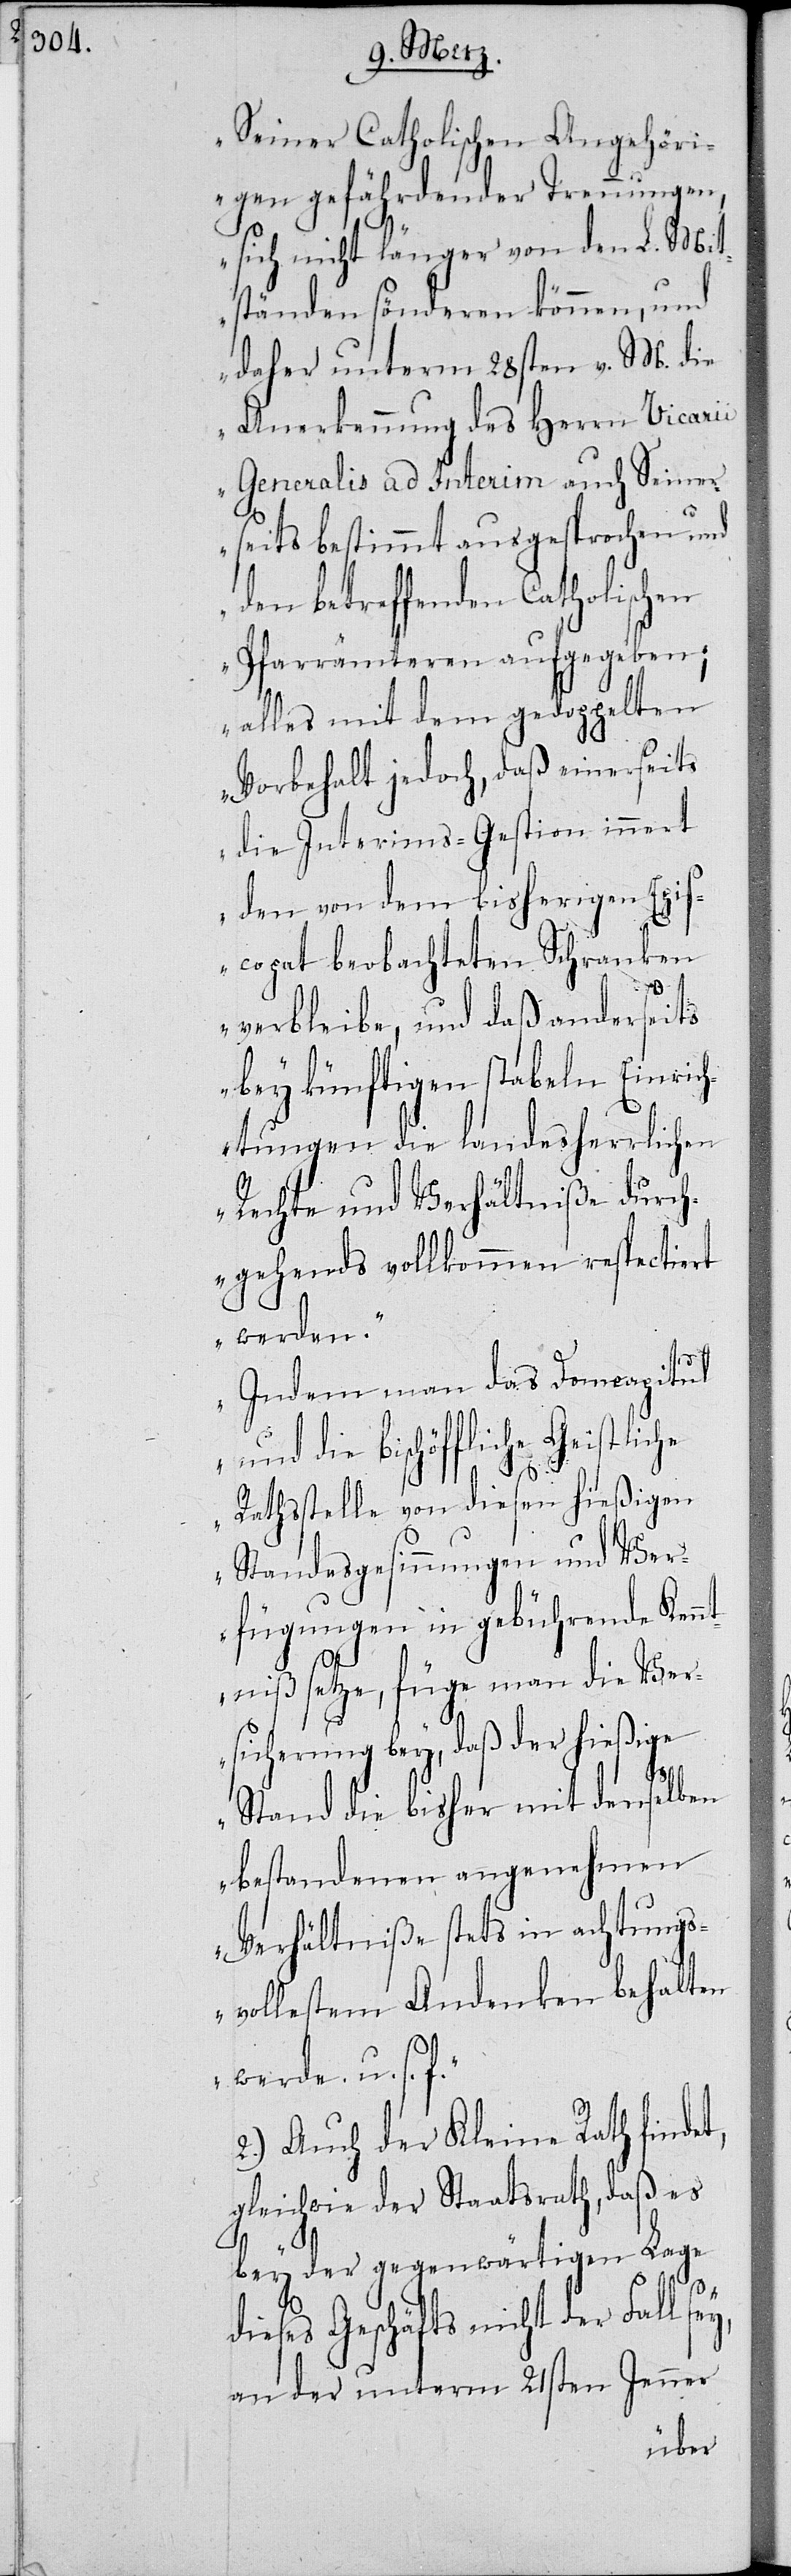
Seiner Catholischen Angehöri¬
gen gefährdender Trennungen,
sich nicht länger von den L. Mit¬
ständen sönderen können, und
daher unterm 28sten v. M. die
Anerkennung des Herrn Vicarii
Generalis ad Interim auch Seiner¬
seits bestimmt ausgesprochen und
den betreffenden Catholischen
Pfarrämteren aufgegeben;
alles mit dem gedoppelten
Vorbehalt jedoch, daß einerseits
die Interims-Gestion innert
den von dem bisherigen Epis¬
copat beobachteten Schranken
verbleibe, und daß anderseits
bey künftigen stabilen Einrich¬
tungen die landesherrlichen
Rechte und Verhältniße durch¬
gehends vollkommen respectiert
werden.
Indem man das Domcapitul
und die bischöffliche Geistliche
Rathsstelle von diesen hießigen
Standesgesinnungen und Ver¬
fügungen in gebührende Kenn¬
tniß setze, füge man die Ver¬
sicherung bey, daß der hießige
Stand die bisher mit denselben
bestandenen angenehmen
Verhältniße stets in achtungs¬
vollestem Andenken behalten
werde. u. s.
2.) Auch der Kleine Rath finde¬
gleich wie der Staatsrath, daß es
t,
bey der gegenwärtigen Lage
dieses Geschäfts nicht der Fall sey,
an der unterm 21sten Jenner